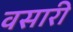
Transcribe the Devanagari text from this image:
वसारी